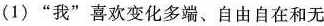
(1)”我”喜欢变化多端、自由自在和无